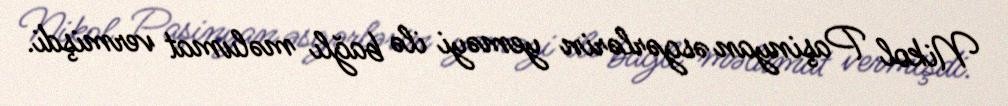
Nikol Paşinyan əsgərlərin yeməyi ilə bağlı məlumat vermişdi.